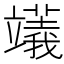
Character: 𥪺